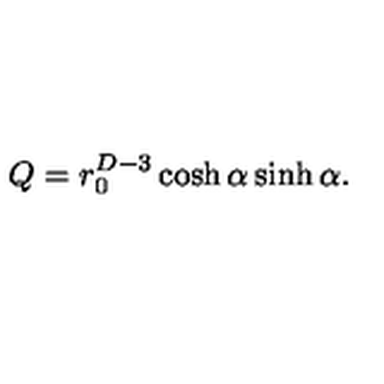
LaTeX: Q = r _ { 0 } ^ { D - 3 } \cosh \alpha \sinh \alpha .